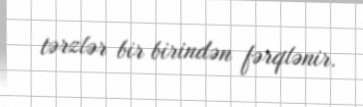
tərzlər bir birindən fərqlənir.